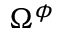
\Omega ^ { \phi }